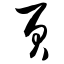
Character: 页